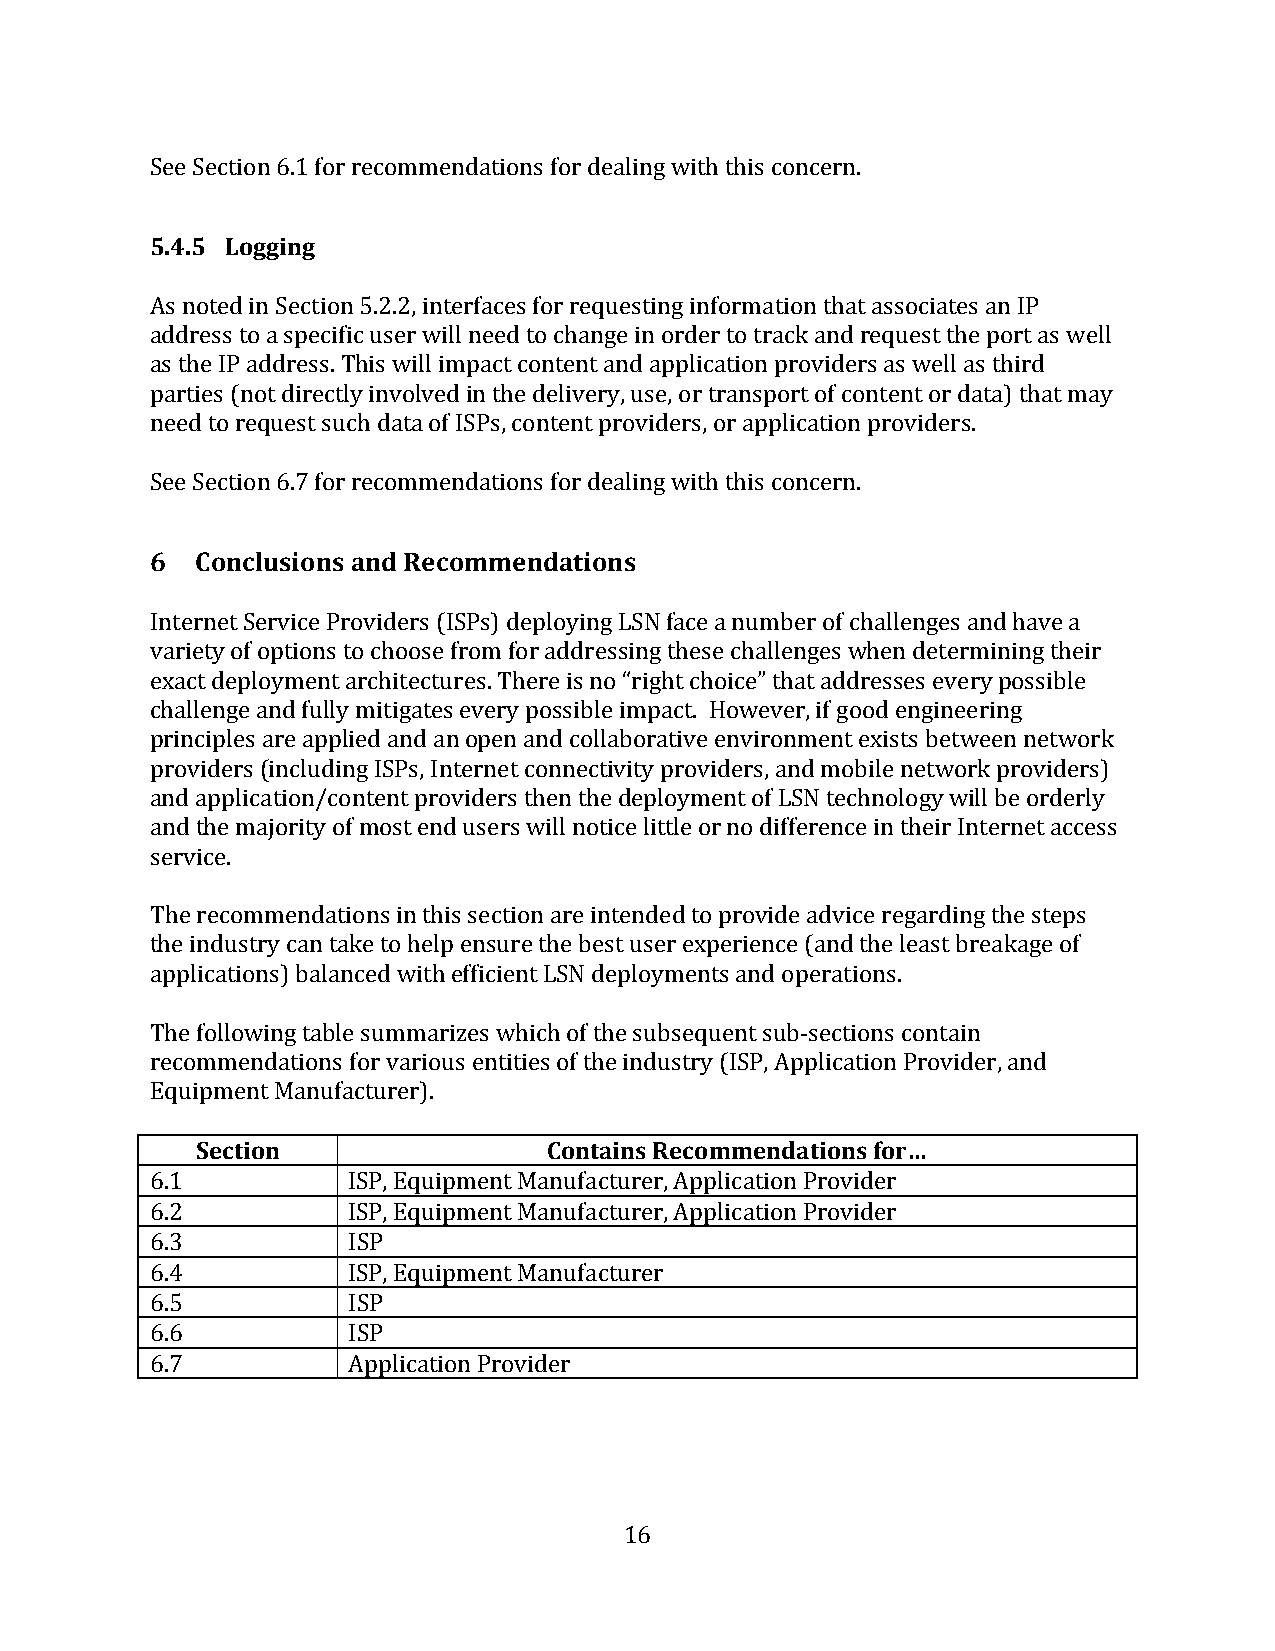
See Section 6.1 for recommendations for dealing with this concern.
 5.4.5 Logging
 As noted in Section 5.2.2, interfaces for requesting information that associates an IP
 address to a specific user will need to change in order to track and request the port as well
 as the IP address. This will impact content and application providers as well as third
 parties (not directly involved in the delivery, use, or transport of content or data) that may
 need to request such data of ISPs, content providers, or application providers.
 See Section 6.7 for recommendations for dealing with this concern.
 6  Conclusions and Recommendations
 Internet Service Providers (ISPs) deploying LSN face a number of challenges and have a
 variety of options to choose from for addressing these challenges when determining their
 exact deployment architectures. There is no “right choice” that addresses every possible
 challenge and fully mitigates every possible impact. However, if good engineering
 principles are applied and an open and collaborative environment exists between network
 providers (including ISPs, Internet connectivity providers, and mobile network providers)
 and application/content providers then the deployment of LSN technology will be orderly
 and the majority of most end users will notice little or no difference in their Internet access
 service.
 The recommendations in this section are intended to provide advice regarding the steps
 the industry can take to help ensure the best user experience (and the least breakage of
 applications) balanced with efficient LSN deployments and operations.
 The following table summarizes which of the subsequent sub-­‐sections contain
 recommendations for various entities of the industry (ISP, Application Provider, and
 Equipment Manufacturer).
 Section                Contains Recommendations for…
 6.1          ISP, Equipment Manufacturer, Application Provider
 6.2          ISP, Equipment Manufacturer, Application Provider
 6.3          ISP
 6.4          ISP, Equipment Manufacturer
 6.5          ISP
 6.6          ISP
 6.7          Application Provider
 16